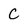
Character: C